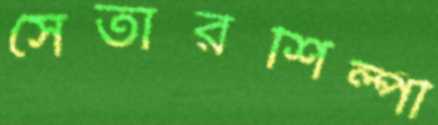
সেতারশিল্পী